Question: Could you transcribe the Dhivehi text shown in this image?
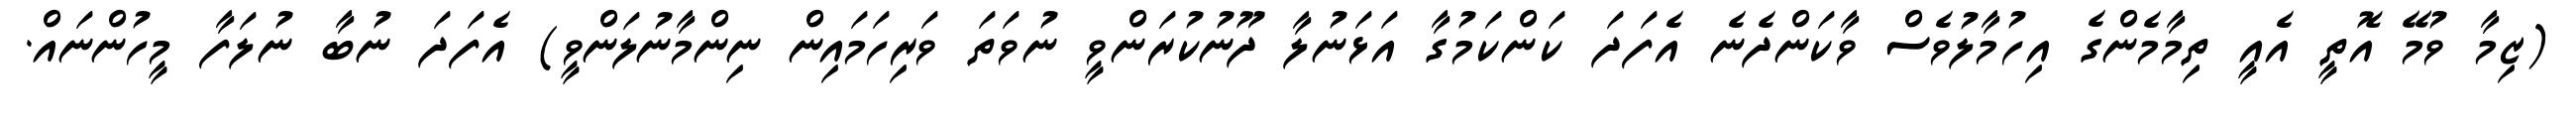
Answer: (ޒިމާ ވުމޭ އޮތީ އެއީ ތިމާމެންގެ އިހުމާލުވެސް ވާކަންދެނެ އެފަދަ ކަންކަމުގާ އަޅަނުލާ ދޫނުކުރަންވީ ނުވަތަ ވަރިހަމައިން ނިންމާނުލަންވީ) އެފަދަ ނުބާ ނުލަފާ މީހުންނައް.